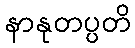
နာနုတပ္ပတိ